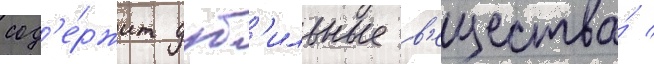
сод'е́ржит дуб'ильные в'ещества́ /